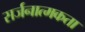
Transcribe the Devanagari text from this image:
सर्जनात्‍मकता